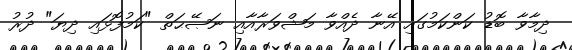
ދިމާވާ ބޮޑު ކަންކަމުގައި އޭނާ ދެއްވާ މަޝްވަރާއާއި ނަޞޭޙަތް "ކަމުފޮޅައި ދިޔަ" ދުރު